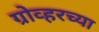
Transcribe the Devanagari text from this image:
ग्रोव्हरच्या